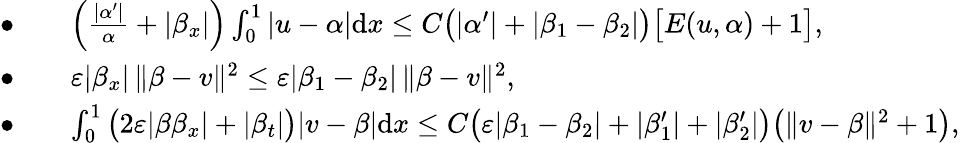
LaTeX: \begin{array}{rl}{\bullet}&{\quad\Big(\frac{|\alpha^{\prime}|}{\alpha}+|\beta_{x}|\Big)\int_{0}^{1}|u-\alpha|\mathrm{d}x\le C\big(|\alpha^{\prime}|+|\beta_{1}-\beta_{2}|\big)\big[E(u,\alpha)+1\big],}\\ {\bullet}&{\quad\varepsilon|\beta_{x}|\, \| \beta-v\| ^{2}\le\varepsilon|\beta_{1}-\beta_{2}|\, \| \beta-v\| ^{2},}\\ {\bullet}&{\quad\int_{0}^{1}\big(2\varepsilon|\beta\beta_{x}|+|\beta_{t}|\big)|v-\beta|\mathrm{d}x\le C\big(\varepsilon|\beta_{1}-\beta_{2}|+|\beta_{1}^{\prime}|+|\beta_{2}^{\prime}|\big)\big(\| v-\beta\| ^{2}+1\big),}\end{array}